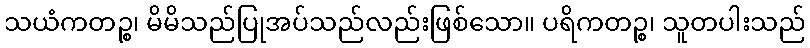
သယံကတဉ္စ၊ မိမိသည်ပြုအပ်သည်လည်းဖြစ်သော။ ပရိကတဉ္စ၊ သူတပါးသည်